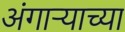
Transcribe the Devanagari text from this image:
अंगार्‍याच्या